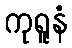
ကုရူနံ